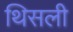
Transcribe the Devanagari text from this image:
थिसली